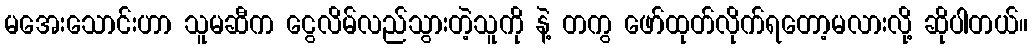
မအေးသောင်းဟာ သူမဆီက ငွေလိမ်လည်သွားတဲ့သူကို နဲ့ တကွ ဖော်ထုတ်လိုက်ရတော့မလားလို့ ဆိုပါတယ်။